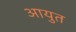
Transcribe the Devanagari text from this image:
आयुत